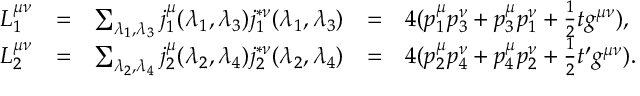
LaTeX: \begin{array} { l c l c l } { { L _ { 1 } ^ { \mu \nu } } } & { { = } } & { { \sum _ { \lambda _ { 1 } , \lambda _ { 3 } } j _ { 1 } ^ { \mu } ( \lambda _ { 1 } , \lambda _ { 3 } ) j _ { 1 } ^ { * \nu } ( \lambda _ { 1 } , \lambda _ { 3 } ) } } & { { = } } & { { 4 ( p _ { 1 } ^ { \mu } p _ { 3 } ^ { \nu } + p _ { 3 } ^ { \mu } p _ { 1 } ^ { \nu } + \frac { 1 } { 2 } t g ^ { \mu \nu } ) , } } \\ { { L _ { 2 } ^ { \mu \nu } } } & { { = } } & { { \sum _ { \lambda _ { 2 } , \lambda _ { 4 } } j _ { 2 } ^ { \mu } ( \lambda _ { 2 } , \lambda _ { 4 } ) j _ { 2 } ^ { * \nu } ( \lambda _ { 2 } , \lambda _ { 4 } ) } } & { { = } } & { { 4 ( p _ { 2 } ^ { \mu } p _ { 4 } ^ { \nu } + p _ { 4 } ^ { \mu } p _ { 2 } ^ { \nu } + \frac { 1 } { 2 } t ^ { \prime } g ^ { \mu \nu } ) . } } \end{array}